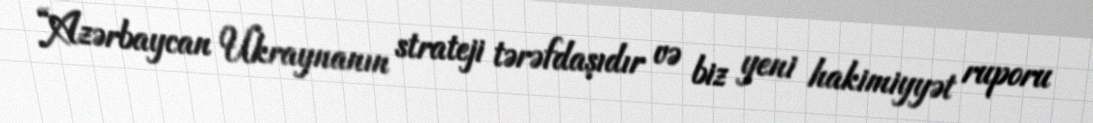
“Azərbaycan Ukraynanın strateji tərəfdaşıdır və biz yeni hakimiyyət ruporu